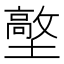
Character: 𡒋